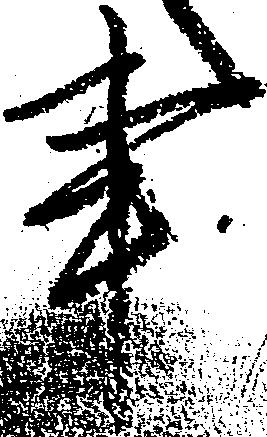
事